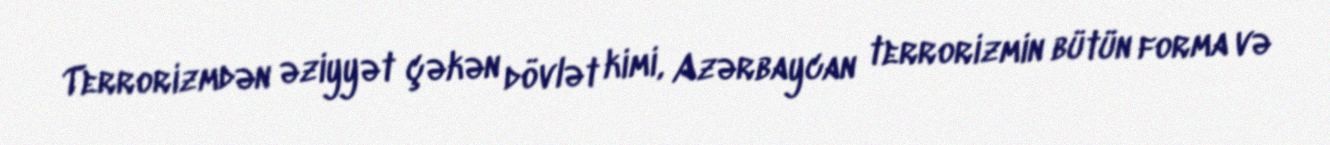
Terrorizmdən əziyyət çəkən dövlət kimi, Azərbaycan terrorizmin bütün forma və